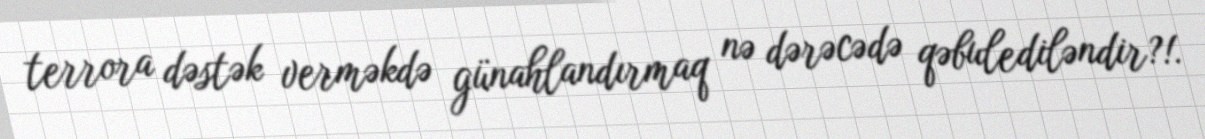
terrora dəstək verməkdə günahlandırmaq nə dərəcədə qəbulediləndir?!.